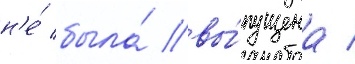
н'е́ была́ вы́пущена /